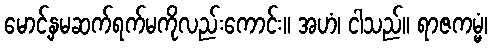
မောင့်နှမဆက်ရက်မကိုလည်းကောင်း။ အဟံ၊ ငါသည်။ ရာဇကမ္မံ၊